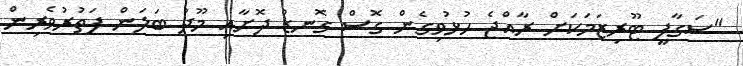
"ސަގާފީ ޓޫރިޒަމަކަށް ރާއްޖެ ހުޅުވިގެން ގޮސް ގޮނޑު ދޮށާއި މޫދު ބަލަން ފަތުރުވެރިން